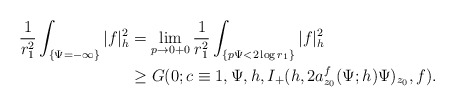
\begin{align*}\frac{1}{r_1^2}\int_{\{\Psi=-\infty\}}|f|^2_h&=\lim_{p\rightarrow0+0}\frac{1}{r_1^2}\int_{\{p\Psi<2\log r_1\}}|f|^2_h\\&\ge G(0;c\equiv1,\Psi,h,I_+(h,2a_{z_0}^f(\Psi;h)\Psi)_{z_0},f).\end{align*}